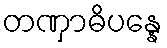
တဏှာဓိပန္နေ